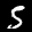
Label: 5